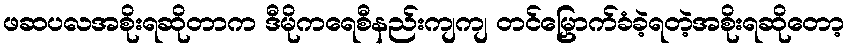
ဖဆပလအစိုးရဆိုတာက ဒီမိုကရေစီနည်းကျကျ တင်မြှောက်ခံခဲ့ရတဲ့အစိုးရဆိုတော့